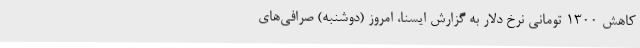
کاهش 1300 تومانی نرخ دلار به گزارش ایسنا، امروز (دوشنبه) صرافی‌های